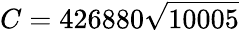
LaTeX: C=426880{\sqrt{10005}}